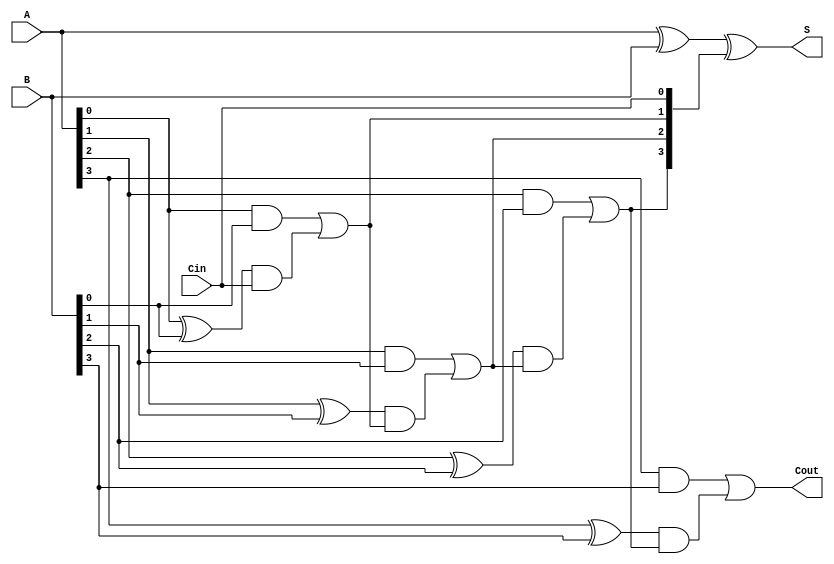
module calook(
  input [3:0]A, B, 
  input Cin,
  output [3:0] S,
  output Cout
);
  wire [3:0] Ci; // Carry intermediate for intermediate computation
  
  assign Ci[0] = Cin;
  assign Ci[1] = (A[0] & B[0]) | ((A[0]^B[0]) & Ci[0]);
  //assign Ci[2] = (A[1] & B[1]) | ((A[1]^B[1]) & Ci[1]); expands to
  assign Ci[2] = (A[1] & B[1]) | ((A[1]^B[1]) & ((A[0] & B[0]) | ((A[0]^B[0]) & Ci[0])));
  //assign Ci[3] = (A[2] & B[2]) | ((A[2]^B[2]) & Ci[2]); expands to
  assign Ci[3] = (A[2] & B[2]) | ((A[2]^B[2]) & ((A[1] & B[1]) | ((A[1]^B[1]) & ((A[0] & B[0]) | ((A[0]^B[0]) & Ci[0])))));
  //assign Cout  = (A[3] & B[3]) | ((A[3]^B[3]) & Ci[3]); expands to
  assign Cout  = (A[3] & B[3]) | ((A[3]^B[3]) & ((A[2] & B[2]) | ((A[2]^B[2]) & ((A[1] & B[1]) | ((A[1]^B[1]) & ((A[0] & B[0]) | ((A[0]^B[0]) & Ci[0])))))));

  assign S = A^B^Ci;
endmodule